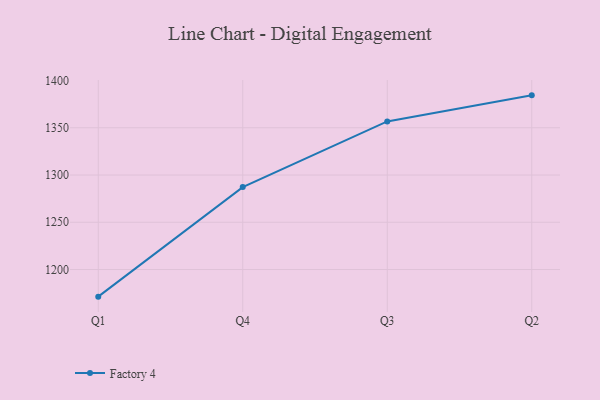
{"axis": {"x": "Quarter", "y": "Churn Rate (%)"}, "legend": ["Factory 4"], "data": [{"x": "Q1", "y": 1171.3, "type": "Factory 4"}, {"x": "Q4", "y": 1287.2, "type": "Factory 4"}, {"x": "Q3", "y": 1356.7, "type": "Factory 4"}, {"x": "Q2", "y": 1384.3, "type": "Factory 4"}]}